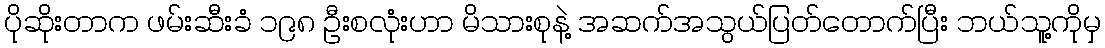
ပိုဆိုးတာက ဖမ်းဆီးခံ ၁၉၈ ဦးစလုံးဟာ မိသားစုနဲ့ အဆက်အသွယ်ပြတ်တောက်ပြီး ဘယ်သူ့ကိုမှ